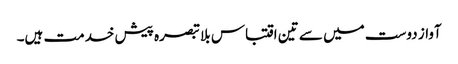
آواز دوست میں سے تین اقتباس بلا تبصرہ پیش خدمت ہیں۔